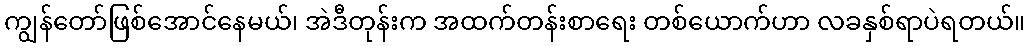
ကျွန်တော်ဖြစ်အောင်နေမယ်၊ အဲဒီတုန်းက အထက်တန်းစာရေး တစ်ယောက်ဟာ လခနှစ်ရာပဲရတယ်။